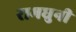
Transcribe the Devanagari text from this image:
रामधुनी